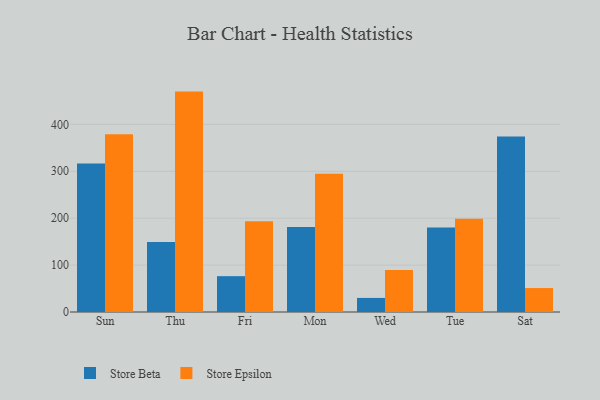
{"axis": {"x": "Day", "y": "Production Output"}, "legend": ["Store Beta", "Store Epsilon"], "data": [{"x": "Sun", "y": 316.8, "type": "Store Beta"}, {"x": "Sun", "y": 378.8, "type": "Store Epsilon"}, {"x": "Thu", "y": 149.4, "type": "Store Beta"}, {"x": "Thu", "y": 469.9, "type": "Store Epsilon"}, {"x": "Fri", "y": 76.4, "type": "Store Beta"}, {"x": "Fri", "y": 193.4, "type": "Store Epsilon"}, {"x": "Mon", "y": 181.3, "type": "Store Beta"}, {"x": "Mon", "y": 294.7, "type": "Store Epsilon"}, {"x": "Wed", "y": 30.0, "type": "Store Beta"}, {"x": "Wed", "y": 89.8, "type": "Store Epsilon"}, {"x": "Tue", "y": 180.2, "type": "Store Beta"}, {"x": "Tue", "y": 198.6, "type": "Store Epsilon"}, {"x": "Sat", "y": 374.0, "type": "Store Beta"}, {"x": "Sat", "y": 51.1, "type": "Store Epsilon"}]}